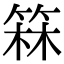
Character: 箖